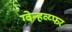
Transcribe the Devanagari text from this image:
ग्वेन्हव्य्फर